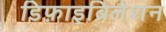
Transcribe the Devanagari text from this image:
डिफ़ाइब्रिलेशन